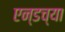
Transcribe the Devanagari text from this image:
एन्डच्या